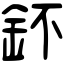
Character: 鈈